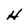
Character: H